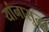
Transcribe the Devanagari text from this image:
यांनासुद्धा